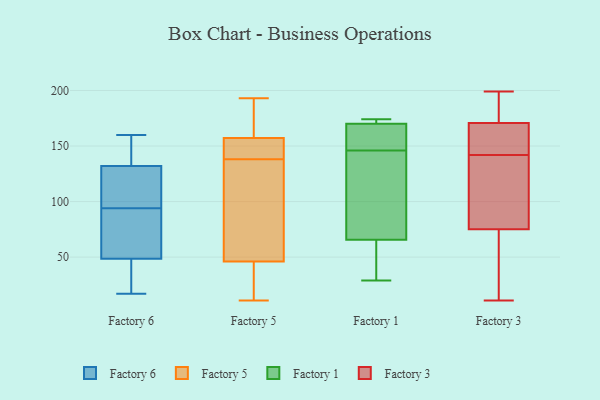
{"axis": {"x": "Website Visitors", "y": "Value"}, "legend": ["Factory 1", "Factory 3", "Factory 5", "Factory 6"], "data": [{"x": "", "y": 30, "type": "Factory 6"}, {"x": "", "y": 17, "type": "Factory 6"}, {"x": "", "y": 89, "type": "Factory 6"}, {"x": "", "y": 123, "type": "Factory 6"}, {"x": "", "y": 87, "type": "Factory 6"}, {"x": "", "y": 47, "type": "Factory 6"}, {"x": "", "y": 99, "type": "Factory 6"}, {"x": "", "y": 94, "type": "Factory 6"}, {"x": "", "y": 53, "type": "Factory 6"}, {"x": "", "y": 160, "type": "Factory 6"}, {"x": "", "y": 101, "type": "Factory 6"}, {"x": "", "y": 135, "type": "Factory 6"}, {"x": "", "y": 151, "type": "Factory 6"}, {"x": "", "y": 86, "type": "Factory 6"}, {"x": "", "y": 100, "type": "Factory 6"}, {"x": "", "y": 23, "type": "Factory 6"}, {"x": "", "y": 155, "type": "Factory 6"}, {"x": "", "y": 44, "type": "Factory 6"}, {"x": "", "y": 160, "type": "Factory 6"}, {"x": "", "y": 138, "type": "Factory 5"}, {"x": "", "y": 11, "type": "Factory 5"}, {"x": "", "y": 149, "type": "Factory 5"}, {"x": "", "y": 35, "type": "Factory 5"}, {"x": "", "y": 193, "type": "Factory 5"}, {"x": "", "y": 160, "type": "Factory 5"}, {"x": "", "y": 160, "type": "Factory 5"}, {"x": "", "y": 67, "type": "Factory 5"}, {"x": "", "y": 39, "type": "Factory 5"}, {"x": "", "y": 147, "type": "Factory 5"}, {"x": "", "y": 115, "type": "Factory 5"}, {"x": "", "y": 87, "type": "Factory 1"}, {"x": "", "y": 29, "type": "Factory 1"}, {"x": "", "y": 125, "type": "Factory 1"}, {"x": "", "y": 173, "type": "Factory 1"}, {"x": "", "y": 143, "type": "Factory 1"}, {"x": "", "y": 30, "type": "Factory 1"}, {"x": "", "y": 149, "type": "Factory 1"}, {"x": "", "y": 44, "type": "Factory 1"}, {"x": "", "y": 174, "type": "Factory 1"}, {"x": "", "y": 160, "type": "Factory 1"}, {"x": "", "y": 167, "type": "Factory 1"}, {"x": "", "y": 174, "type": "Factory 1"}, {"x": "", "y": 174, "type": "Factory 3"}, {"x": "", "y": 67, "type": "Factory 3"}, {"x": "", "y": 94, "type": "Factory 3"}, {"x": "", "y": 78, "type": "Factory 3"}, {"x": "", "y": 52, "type": "Factory 3"}, {"x": "", "y": 172, "type": "Factory 3"}, {"x": "", "y": 142, "type": "Factory 3"}, {"x": "", "y": 155, "type": "Factory 3"}, {"x": "", "y": 11, "type": "Factory 3"}, {"x": "", "y": 74, "type": "Factory 3"}, {"x": "", "y": 146, "type": "Factory 3"}, {"x": "", "y": 167, "type": "Factory 3"}, {"x": "", "y": 199, "type": "Factory 3"}, {"x": "", "y": 117, "type": "Factory 3"}, {"x": "", "y": 185, "type": "Factory 3"}]}